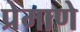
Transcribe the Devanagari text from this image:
प्रेमाणे